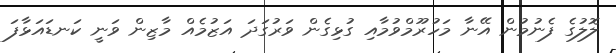
ލޮލުގެ ފެނުމުން އޭނާ މަހުރޫމްވުމާއި ގުޅިގެން ވަރުގަދަ އަޒުމެއް މާޒިން ވަނީ ކަނޑައަޅާފަ